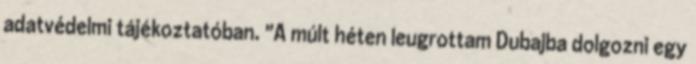
adatvédelmi tájékoztatóban. "A múlt héten leugrottam Dubajba dolgozni egy